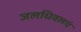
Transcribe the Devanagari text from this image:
जलधिवलयं